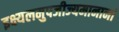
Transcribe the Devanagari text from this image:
इक्ष्यलमुपजीज्यमानानां